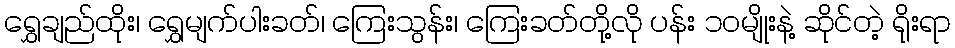
ရွှေချည်ထိုး၊ ရွှေမျက်ပါးခတ်၊ ကြေးသွန်း၊ ကြေးခတ်တို့လို ပန်း ၁၀မျိုးနဲ့ ဆိုင်တဲ့ ရိုးရာ